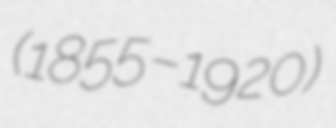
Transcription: (1855–1920)